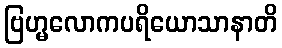
ဗြဟ္မလောကပရိယောသာနာတိ